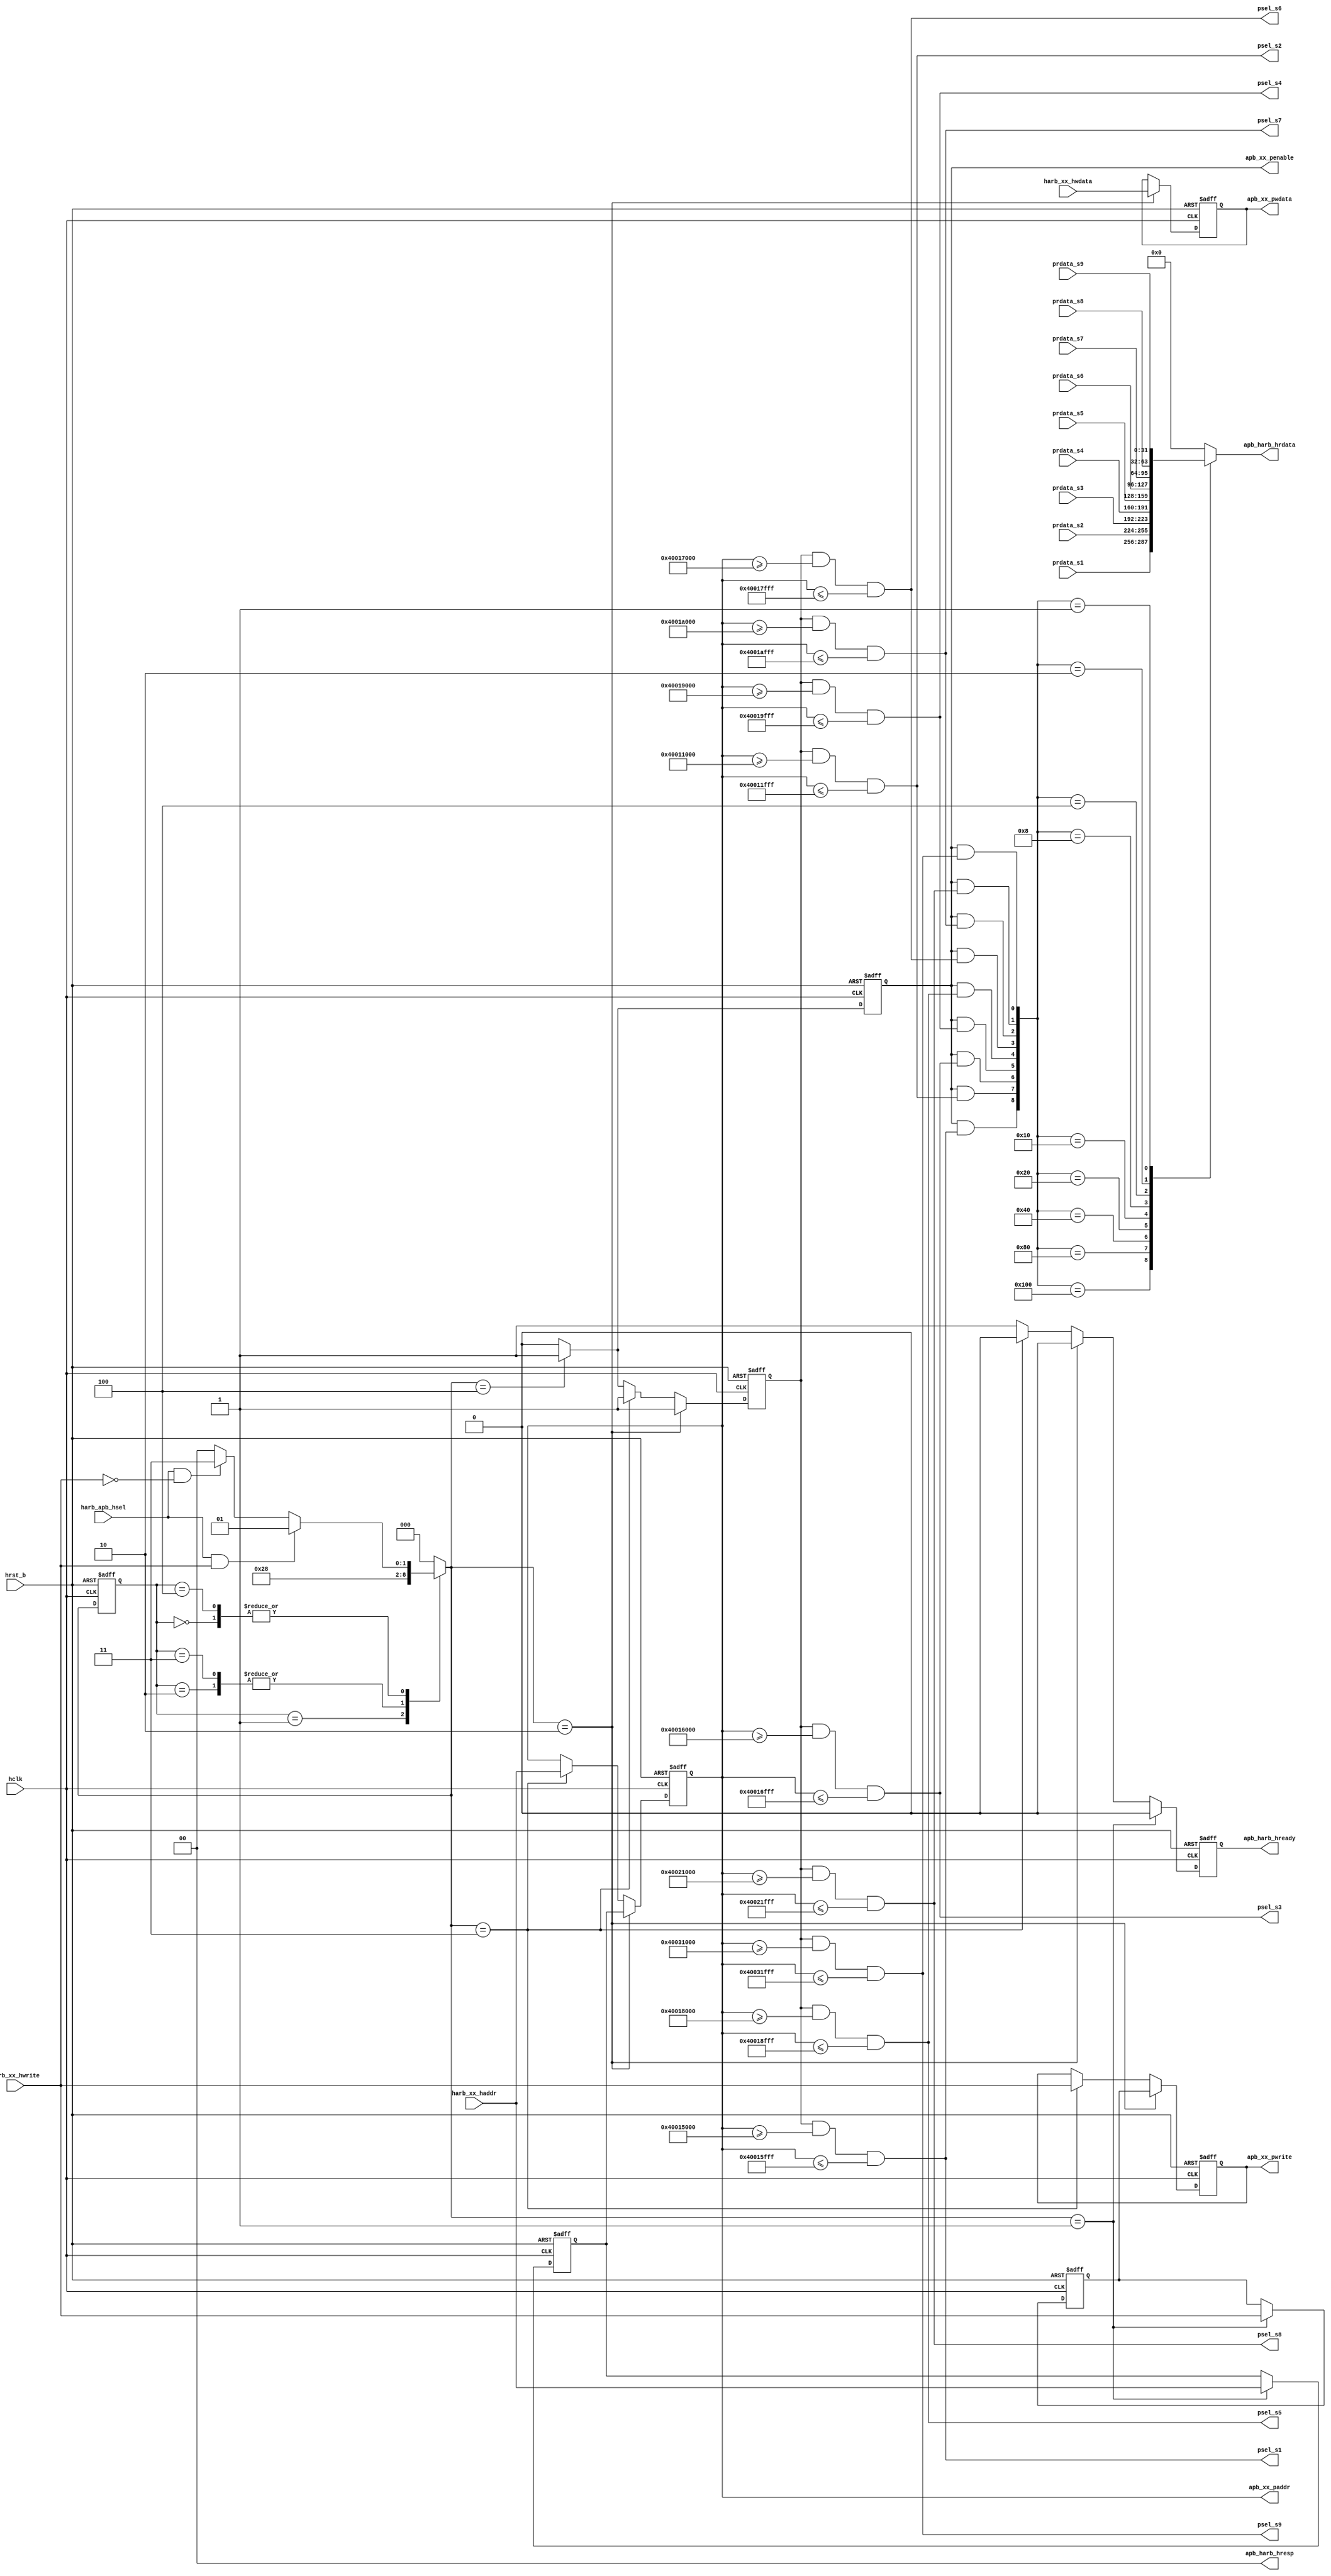
/*Copyright 2020-2021 T-Head Semiconductor Co., Ltd.

Licensed under the Apache License, Version 2.0 (the "License");
you may not use this file except in compliance with the License.
You may obtain a copy of the License at

    http://www.apache.org/licenses/LICENSE-2.0

Unless required by applicable law or agreed to in writing, software
distributed under the License is distributed on an "AS IS" BASIS,
WITHOUT WARRANTIES OR CONDITIONS OF ANY KIND, either express or implied.
See the License for the specific language governing permissions and
limitations under the License.
*/
`define PS1_BASE_START 32'h40015000
`define PS1_BASE_END   32'h40015fff
// Timer
`define PS2_BASE_START 32'h40011000
`define PS2_BASE_END   32'h40011fff
// PMU
`define PS3_BASE_START 32'h40016000
`define PS3_BASE_END   32'h40016fff
//GPIO
`define PS4_BASE_START 32'h40019000
`define PS4_BASE_END   32'h40019fff
//STimer
`define PS5_BASE_START 32'h40018000
`define PS5_BASE_END   32'h40018fff
//CLKGEN
`define PS6_BASE_START 32'h40017000
`define PS6_BASE_END   32'h40017fff
//SMPU
`define PS7_BASE_START 32'h4001A000
`define PS7_BASE_END   32'h4001Afff
//NMI_WAKE
`define PS8_BASE_START 32'h40021000
`define PS8_BASE_END   32'h40021fff
//NEW TIMER
`define PS9_BASE_START 32'h40031000
`define PS9_BASE_END   32'h40031fff

// &ModuleBeg; @48
module apb_bridge(
  apb_harb_hrdata,
  apb_harb_hready,
  apb_harb_hresp,
  apb_xx_paddr,
  apb_xx_penable,
  apb_xx_pwdata,
  apb_xx_pwrite,
  harb_apb_hsel,
  harb_xx_haddr,
  harb_xx_hwdata,
  harb_xx_hwrite,
  hclk,
  hrst_b,
  prdata_s1,
  prdata_s2,
  prdata_s3,
  prdata_s4,
  prdata_s5,
  prdata_s6,
  prdata_s7,
  prdata_s8,
  prdata_s9,
  psel_s1,
  psel_s2,
  psel_s3,
  psel_s4,
  psel_s5,
  psel_s6,
  psel_s7,
  psel_s8,
  psel_s9
);

// &Ports; @49
input           harb_apb_hsel;  
input   [31:0]  harb_xx_haddr;  
input   [31:0]  harb_xx_hwdata; 
input           harb_xx_hwrite; 
input           hclk;           
input           hrst_b;         
input   [31:0]  prdata_s1;      
input   [31:0]  prdata_s2;      
input   [31:0]  prdata_s3;      
input   [31:0]  prdata_s4;      
input   [31:0]  prdata_s5;      
input   [31:0]  prdata_s6;      
input   [31:0]  prdata_s7;      
input   [31:0]  prdata_s8;      
input   [31:0]  prdata_s9;      
output  [31:0]  apb_harb_hrdata; 
output          apb_harb_hready; 
output  [1 :0]  apb_harb_hresp; 
output  [31:0]  apb_xx_paddr;   
output          apb_xx_penable; 
output  [31:0]  apb_xx_pwdata;  
output          apb_xx_pwrite;  
output          psel_s1;        
output          psel_s2;        
output          psel_s3;        
output          psel_s4;        
output          psel_s5;        
output          psel_s6;        
output          psel_s7;        
output          psel_s8;        
output          psel_s9;        

// &Regs; @50
reg     [31:0]  apb_harb_hrdata; 
reg             apb_harb_hready; 
reg     [31:0]  apb_xx_paddr;   
reg             apb_xx_penable; 
reg             apb_xx_psel;    
reg     [31:0]  apb_xx_pwdata;  
reg             apb_xx_pwrite;  
reg     [2 :0]  cur_state;      
reg     [31:0]  haddr_latch;    
reg             hwrite_latch;   
reg     [2 :0]  nxt_state;      

// &Wires; @51
wire    [1 :0]  apb_harb_hresp; 
wire            busy_s1;        
wire            busy_s2;        
wire            busy_s3;        
wire            busy_s4;        
wire            busy_s5;        
wire            busy_s6;        
wire            busy_s7;        
wire            busy_s8;        
wire            busy_s9;        
wire            enable_latch;   
wire            enable_r_select; 
wire            harb_apb_hsel;  
wire    [31:0]  harb_xx_haddr;  
wire    [31:0]  harb_xx_hwdata; 
wire            harb_xx_hwrite; 
wire            hclk;           
wire            hrst_b;         
wire            idle_latch;     
wire            idle_r_select;  
wire    [31:0]  prdata_s1;      
wire    [31:0]  prdata_s2;      
wire    [31:0]  prdata_s3;      
wire    [31:0]  prdata_s4;      
wire    [31:0]  prdata_s5;      
wire    [31:0]  prdata_s6;      
wire    [31:0]  prdata_s7;      
wire    [31:0]  prdata_s8;      
wire    [31:0]  prdata_s9;      
wire            psel_s1;        
wire            psel_s2;        
wire            psel_s3;        
wire            psel_s4;        
wire            psel_s5;        
wire            psel_s6;        
wire            psel_s7;        
wire            psel_s8;        
wire            psel_s9;        


// &Force("output","apb_xx_paddr") @53
// &Force("output","apb_xx_penable") @54
// &Force("output","apb_xx_pwdata") @55
// &Force("output","apb_xx_pwrite") @56
// &Force("output","psel_s1") @57
// &Force("output","psel_s2") @58
// &Force("output","psel_s3") @59
// &Force("output","psel_s4") @60
// &Force("output","psel_s5") @61
// &Force("output","psel_s6") @62
// &Force("output","psel_s7") @63
// &Force("output","psel_s8") @64
// &Force("output","psel_s9") @65

assign apb_harb_hresp[1:0] = 2'b0;	//always OK

parameter IDLE     = 3'b000;
parameter LATCH    = 3'b001;
parameter W_SELECT = 3'b010;
parameter R_SELECT = 3'b011;
parameter ENABLE   = 3'b100;

always @(posedge hclk or negedge hrst_b)
begin
  if(!hrst_b) 
  begin
    cur_state[2:0] <= IDLE;
  end
  else 
  begin
    cur_state[2:0] <= nxt_state[2:0];
  end
end

assign idle_latch       = harb_apb_hsel && harb_xx_hwrite;
assign idle_r_select    = harb_apb_hsel && !harb_xx_hwrite;
assign enable_latch     = harb_apb_hsel && harb_xx_hwrite;
assign enable_r_select  = harb_apb_hsel && !harb_xx_hwrite;

//always @(cur_state[2:0] or harb_apb_hsel or harb_xx_hwrite)
//begin
// &CombBeg; @94
always @( enable_r_select
       or idle_latch
       or idle_r_select
       or enable_latch
       or cur_state[2:0])
begin
nxt_state[2:0] = IDLE;
case(cur_state[2:0])
  IDLE: 
  begin
    if(idle_latch) 
    begin
      nxt_state[2:0] = LATCH;
    end
    else if(idle_r_select)
    begin
      nxt_state[2:0] = R_SELECT;
    end
    else
    begin
      nxt_state[2:0] = IDLE;
    end
  end
  LATCH: 
  begin
    nxt_state[2:0] = W_SELECT;
  end
  W_SELECT: 
  begin
    nxt_state[2:0] = ENABLE;
  end
  R_SELECT: 
  begin
    nxt_state[2:0] = ENABLE;
  end
  ENABLE: 
  begin
    if(enable_latch) 
    begin
      nxt_state[2:0] = LATCH;
    end
    else if(enable_r_select)
    begin
      nxt_state[2:0] = R_SELECT;
    end
    else
    begin
      nxt_state[2:0] = IDLE;
    end
  end
endcase
// &CombEnd; @140
end
//end

always @(posedge hclk or negedge hrst_b)
begin
  if(!hrst_b) 
  begin
    haddr_latch[31:0]  <= 32'b0;
    hwrite_latch       <= 1'b0;
  end
  else if(nxt_state[2:0]==LATCH) 
  begin
    haddr_latch[31:0] <= harb_xx_haddr[31:0];
    hwrite_latch      <= harb_xx_hwrite;
  end
  else 
  begin
    haddr_latch[31:0] <= haddr_latch[31:0];
    hwrite_latch      <= hwrite_latch;
  end
end

always @(posedge hclk or negedge hrst_b)
begin
  if(!hrst_b) 
  begin
    apb_xx_paddr[31:0]  <= 32'b0;
    apb_xx_pwrite       <= 1'b0;
  end
  else if(nxt_state[2:0]==W_SELECT) 
  begin
    apb_xx_paddr[31:0]  <= haddr_latch[31:0];
    apb_xx_pwrite       <= hwrite_latch;
  end
  else if(nxt_state[2:0]==R_SELECT) 
  begin
    apb_xx_paddr[31:0]  <= harb_xx_haddr[31:0];
    apb_xx_pwrite       <= harb_xx_hwrite;
  end
  else 
  begin
    apb_xx_paddr[31:0]  <= apb_xx_paddr[31:0];
    apb_xx_pwrite       <= apb_xx_pwrite;
  end
end

always @(posedge hclk or negedge hrst_b)
begin
  if(!hrst_b) 
  begin
    apb_xx_pwdata[31:0] <= 32'b0;
  end
  else if(nxt_state[2:0]==W_SELECT) 
  begin
    apb_xx_pwdata[31:0] <= harb_xx_hwdata[31:0];
  end
  else 
  begin
    apb_xx_pwdata[31:0] <= apb_xx_pwdata[31:0];
  end
end

always @(posedge hclk or negedge hrst_b)
begin
  if(!hrst_b)
  begin
    apb_xx_psel <= 1'b0;
  end
  else if(nxt_state[2:0]==W_SELECT)
  begin
    apb_xx_psel <= 1'b1;
  end
  else if(nxt_state[2:0]==R_SELECT)
  begin
    apb_xx_psel <= 1'b1;
  end
  else if(nxt_state[2:0]==ENABLE)
  begin
    apb_xx_psel <= 1'b1;
  end
  else
  begin
    apb_xx_psel <= 1'b0;
  end
end

always @(posedge hclk or negedge hrst_b)
begin
  if(!hrst_b)
  begin
    apb_xx_penable <= 1'b0;
  end
  else if(nxt_state[2:0]==ENABLE)
  begin
    apb_xx_penable <= 1'b1;
  end
  else
  begin
    apb_xx_penable <= 1'b0;
  end
end

always @(posedge hclk or negedge hrst_b)
begin
  if(!hrst_b)
  begin
    apb_harb_hready <= 1'b1;
  end
  else if(nxt_state[2:0]==LATCH)
  begin
    apb_harb_hready <= 1'b0;
  end
  else if(nxt_state[2:0]==W_SELECT)
  begin
    apb_harb_hready <= 1'b0;
  end
  else if(nxt_state[2:0]==R_SELECT)
  begin
    apb_harb_hready <= 1'b0;
  end
  else
  begin
    apb_harb_hready <= 1'b1;
  end
end

assign psel_s1 = apb_xx_psel && (apb_xx_paddr>=`PS1_BASE_START) && (apb_xx_paddr<=`PS1_BASE_END);
assign psel_s2 = apb_xx_psel && (apb_xx_paddr>=`PS2_BASE_START) && (apb_xx_paddr<=`PS2_BASE_END);
assign psel_s3 = apb_xx_psel && (apb_xx_paddr>=`PS3_BASE_START) && (apb_xx_paddr<=`PS3_BASE_END);
assign psel_s4 = apb_xx_psel && (apb_xx_paddr>=`PS4_BASE_START) && (apb_xx_paddr<=`PS4_BASE_END);
assign psel_s5 = apb_xx_psel && (apb_xx_paddr>=`PS5_BASE_START) && (apb_xx_paddr<=`PS5_BASE_END);
assign psel_s6 = apb_xx_psel && (apb_xx_paddr>=`PS6_BASE_START) && (apb_xx_paddr<=`PS6_BASE_END);
assign psel_s7 = apb_xx_psel && (apb_xx_paddr>=`PS7_BASE_START) && (apb_xx_paddr<=`PS7_BASE_END);
assign psel_s8 = apb_xx_psel && (apb_xx_paddr>=`PS8_BASE_START) && (apb_xx_paddr<=`PS8_BASE_END);
assign psel_s9 = apb_xx_psel && (apb_xx_paddr>=`PS9_BASE_START) && (apb_xx_paddr<=`PS9_BASE_END);


assign busy_s1 = apb_xx_penable && psel_s1;
assign busy_s2 = apb_xx_penable && psel_s2;
assign busy_s3 = apb_xx_penable && psel_s3;
assign busy_s4 = apb_xx_penable && psel_s4;
assign busy_s5 = apb_xx_penable && psel_s5;
assign busy_s6 = apb_xx_penable && psel_s6;
assign busy_s7 = apb_xx_penable && psel_s7;
assign busy_s8 = apb_xx_penable && psel_s8;
assign busy_s9 = apb_xx_penable && psel_s9;

// &CombBeg; @287
always @( busy_s9
       or busy_s3
       or busy_s4
       or prdata_s3[31:0]
       or prdata_s8[31:0]
       or busy_s7
       or busy_s2
       or prdata_s5[31:0]
       or busy_s6
       or prdata_s6[31:0]
       or busy_s5
       or busy_s1
       or prdata_s1[31:0]
       or busy_s8
       or prdata_s4[31:0]
       or prdata_s9[31:0]
       or prdata_s2[31:0]
       or prdata_s7[31:0])
begin
case({busy_s1,busy_s2,busy_s3,busy_s4,busy_s5,busy_s6,busy_s7,busy_s8,busy_s9})
  9'b100000000:
  begin
    apb_harb_hrdata[31:0] = prdata_s1[31:0];
  end
  9'b010000000:
  begin
    apb_harb_hrdata[31:0] = prdata_s2[31:0];
  end
  9'b001000000:
  begin
    apb_harb_hrdata[31:0] = prdata_s3[31:0];
  end
  9'b000100000:
  begin
    apb_harb_hrdata[31:0] = prdata_s4[31:0];
  end
   9'b000010000:
  begin
    apb_harb_hrdata[31:0] = prdata_s5[31:0];
  end
   9'b000001000:
  begin
    apb_harb_hrdata[31:0] = prdata_s6[31:0];
  end
   9'b000000100:
  begin
    apb_harb_hrdata[31:0] = prdata_s7[31:0];
  end
   9'b000000010:
  begin
    apb_harb_hrdata[31:0] = prdata_s8[31:0];
  end
   9'b000000001:
  begin
    apb_harb_hrdata[31:0] = prdata_s9[31:0];
  end

  default:
  begin
    apb_harb_hrdata[31:0] = 32'b0;
  end
endcase
// &CombEnd; @331
end

// &ModuleEnd; @333
endmodule